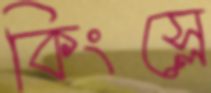
কিংস্লে